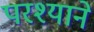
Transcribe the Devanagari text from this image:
परश्याने